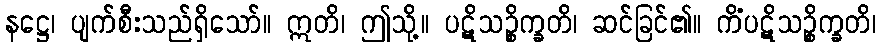
နဋ္ဌေ၊ ပျက်စီးသည်ရှိသော်။ ဣတိ၊ ဤသို့။ ပဋိသဉ္စိက္ခတိ၊ ဆင်ခြင်၏။ ကိံပဋိသဉ္စိက္ခတိ၊